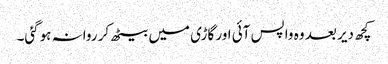
کچھ دیر بعد وہ واپس آئی اور گاڑی میں بیٹھ کر روانہ ہوگئی۔